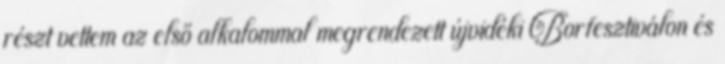
részt vettem az első alkalommal megrendezett újvidéki Borfesztiválon és